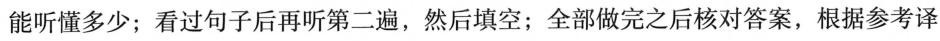
能听懂多少;看过句子后再听第二遍,然后填空;全部做完之后核对答案,根据参考译